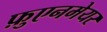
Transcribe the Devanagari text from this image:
फ़ुएनमेयर